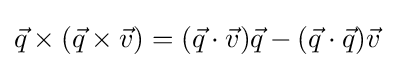
{\vec {q}}\times ({\vec {q}}\times {\vec {v}})=({\vec {q}}\cdot {\vec {v}}){\vec {q}}-({\vec {q}}\cdot {\vec {q}}){\vec {v}}